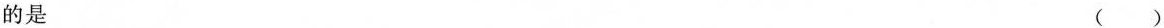
的是 ( )